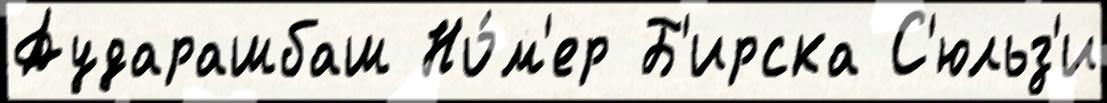
Аударашбаш Но́м'ер Б'ирска С'юльз'и